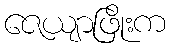
ဇေယျာဖြိုးက